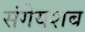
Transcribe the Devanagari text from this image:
संगेयशब